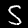
Digit: 5